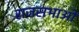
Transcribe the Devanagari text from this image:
राजसभाओं